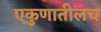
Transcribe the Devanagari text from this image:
एकुणातीलच